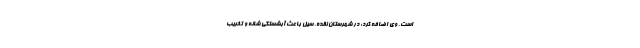
است. وی اضافه کرد: در شهرستان نقده، سیل باعث آبشستگی شانه و تخریب